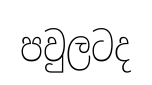
පවුලටද